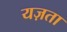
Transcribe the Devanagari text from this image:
यज़ता